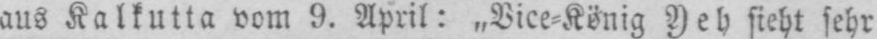
aus Kalkutta vom 9. April: „Vice⸗König Yeb sieht sehr